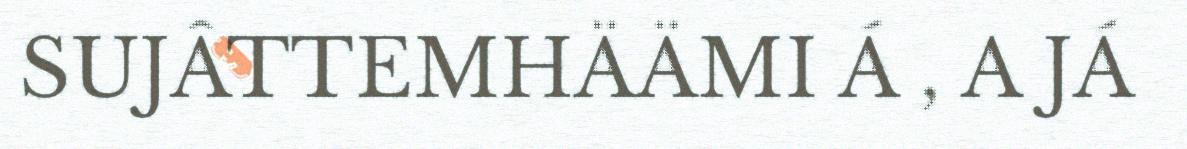
SUJÂTTEMHÄÄMI Á , A JÁ